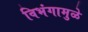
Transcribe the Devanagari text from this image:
विभंगामुळे